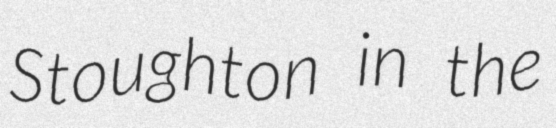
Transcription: Stoughton in the